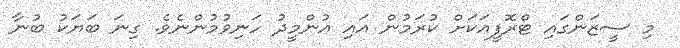
މި ސީޒަންގައި ޓްރޮފީއަކަށް ކުރަމުން އައި އުންމީދު ހަނިވުމުންނެވެ. ގިނަ ބަޔަކު ބުނާ